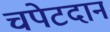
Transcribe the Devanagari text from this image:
चपेटदान